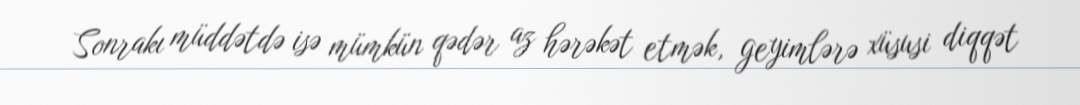
Sonrakı müddətdə isə mümkün qədər az hərəkət etmək, geyimlərə xüsusi diqqət